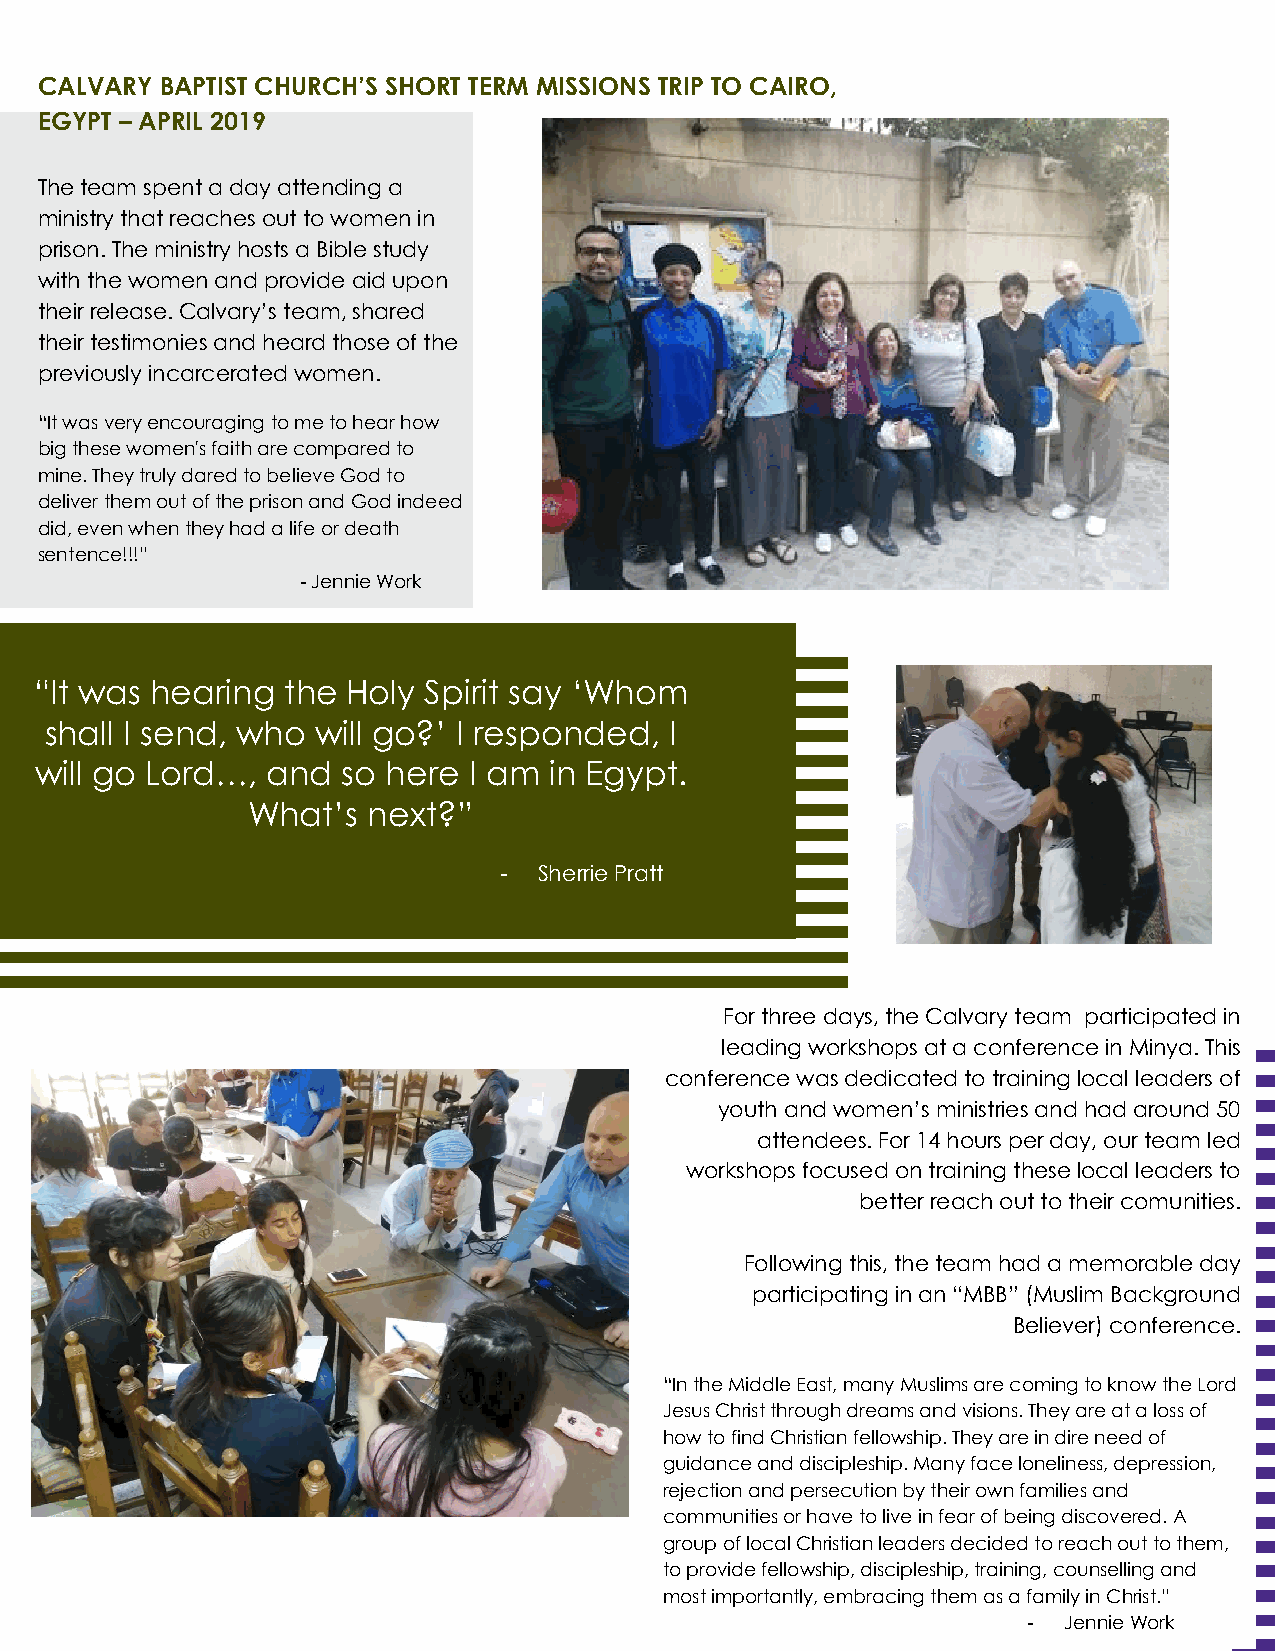
CALVARY  BAPTIST CHURCH’S SHORT TERM MISSIONS TRIP TO CAIRO,
 EGYPT – APRIL 2019
 The team spent a day attending a
 ministry that reaches out to women in
 prison. The ministry hosts a Bible study
 with the women and provide aid upon
 their release. Calvary’s team, shared
 their testimonies and heard those of the
 previously incarcerated women.
 “It was very encouraging to me to hear how
 big these women's faith are compared to
 mine. They truly dared to believe God to
 deliver them out of the prison and God indeed
 did, even when they had a life or death
 sentence!!!”
 - Jennie Work
 “It was hearing  the Holy Spirit say ‘Whom
 shall I send, who will go?’ I responded, I
 will go Lord…,  and  so here I am in Egypt.
 What’s  next?”
 -  Sherrie Pratt
 For three days, the Calvary team participated in
 leading workshops at a conference in Minya. This
 conference was dedicated to training local leaders of
 youth and women’s ministries and had around 50
 attendees. For 14 hours per day, our team led
 workshops focused on training these local leaders to
 better reach out to their comunities.
 Following this, the team had a memorable day
 participating in an “MBB” (Muslim Background
 Believer) conference.
 “In the Middle East, many Muslims are coming to know the Lord
 Jesus Christ through dreams and visions. They are at a loss of
 how to find Christian fellowship. They are in dire need of
 guidance and discipleship. Many face loneliness, depression,
 rejection and persecution by their own families and
 communities or have to live in fear of being discovered. A
 group of local Christian leaders decided to reach out to them,
 to provide fellowship, discipleship, training, counselling and
 most importantly, embracing them as a family in Christ.”
 - Jennie Work